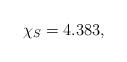
LaTeX: \begin{align*}\chi_{S} = 4.383,\end{align*}